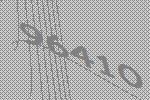
96410